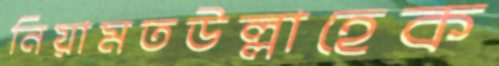
নিয়ামতউল্লাহেক